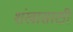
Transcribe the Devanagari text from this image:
शंखासाठी